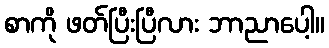
စာကို ဖတ်ပြီးပြီလား ဘာညာပေါ့။